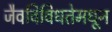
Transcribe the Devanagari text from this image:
जैवविविधतेमधून